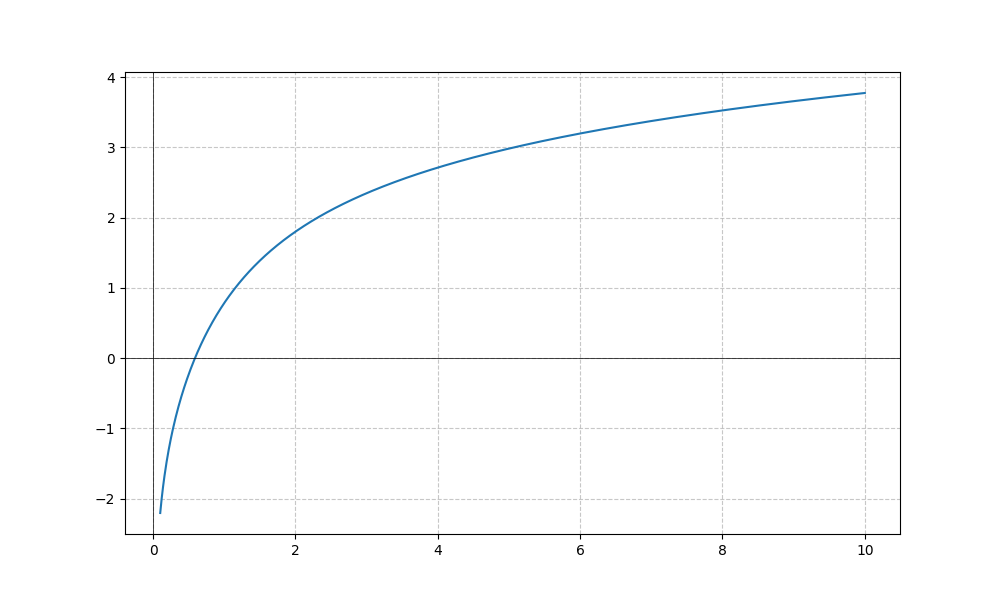
LaTeX formula: \log{\left(x \right)} + \operatorname{atan}{\left(x \right)}